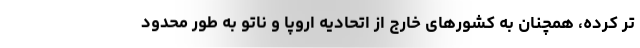
تر کرده، همچنان به کشورهای خارج از اتحادیه اروپا و ناتو به طور محدود